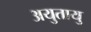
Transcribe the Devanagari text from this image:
अयुतायु